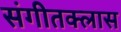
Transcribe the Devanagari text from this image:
संगीतक्लास